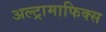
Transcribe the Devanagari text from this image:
अल्ट्रामाफिक्स